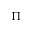
\Pi